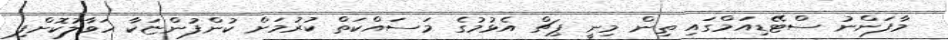
މާފަންނު ސްޓޭޑިއަމްގައި ތިން މިނީ ޕިޗް އެޅުމުގެ މަސައްކަތް ކުރުމަށް ކުންފުންޏަކާ ހަވާލުކޮށްފި